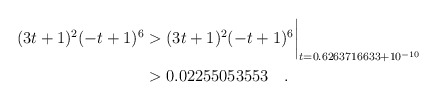
\begin{align*}(3t+1)^2(-t+1)^6 & > (3t+1)^2(-t+1)^6\biggr\rvert_{t=0.6263716633 + 10^{-10}} \\& > 0.02255053553 \quad. \end{align*}